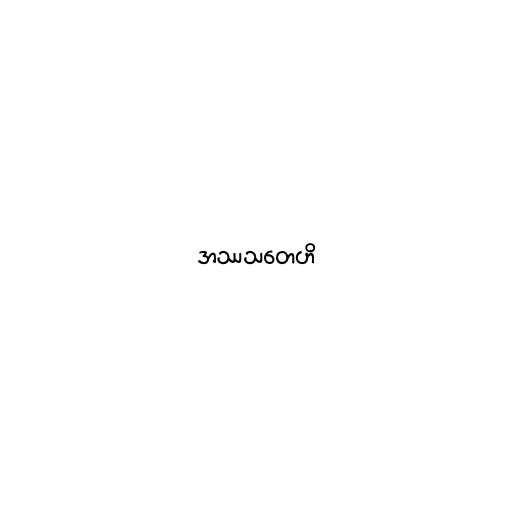
အဿသတေဟိ